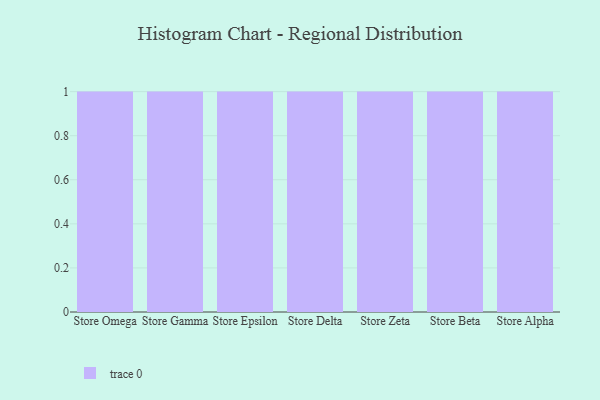
{"axis": {"x": "Store", "y": "Gross Profit (USD K)"}, "legend": [""], "data": [{"x": "Store Omega", "y": 62, "type": ""}, {"x": "Store Gamma", "y": 45, "type": ""}, {"x": "Store Epsilon", "y": 32, "type": ""}, {"x": "Store Delta", "y": 68, "type": ""}, {"x": "Store Zeta", "y": 41, "type": ""}, {"x": "Store Beta", "y": 9, "type": ""}, {"x": "Store Alpha", "y": 57, "type": ""}]}